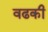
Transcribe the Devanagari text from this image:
वढकी